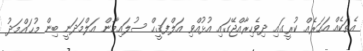
އެތަކެއް އަހަރެއް ކުރީގައި ދިވެހިރާއްޖޭގައި އުޅުއްވި އަލްފަޤީޙް ސުލައިމާން އަލްމަދަނީ ބިން މުޙައްމަދު